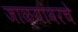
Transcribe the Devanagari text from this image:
जाळ्यांवरचे